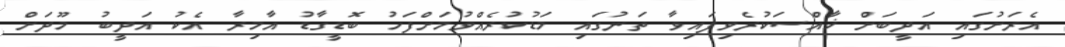
އެރަށުގައި އަދީބަށް ޚާއްސަކުރެވިފައިވާ ތަނުގައި މަޑުކުރެއްވުމަށްފަހު ބޮޑީގާޑު އާމިރާ އެކު އަދީބު މޫދަށް